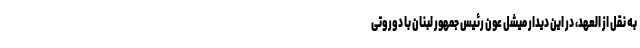
به نقل از العهد، در این دیدار میشل عون رئیس جمهور لبنان با دوروتی